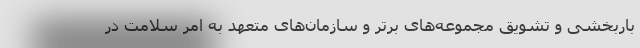
باربخشی و تشویق مجموعه‌های برتر و سازمان‌های متعهد به امر سلامت در